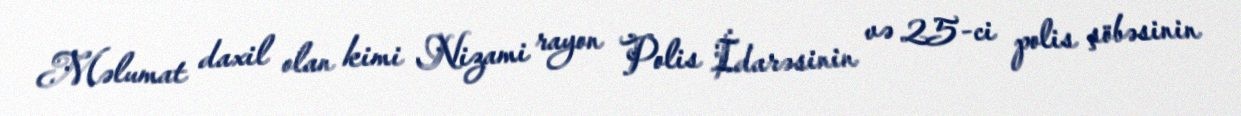
Məlumat daxil olan kimi Nizami rayon Polis İdarəsinin və 25-ci polis şöbəsinin